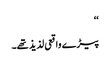
‘‘
پیڑے واقعی لذیذ تھے۔